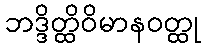
ဘဒ္ဒိတ္ထိဝိမာနဝတ္ထု